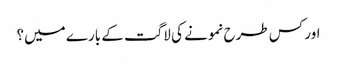
اور کس طرح نمونے کی لاگت کے بارے میں؟